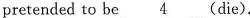
pretended to be 4 (die).